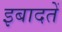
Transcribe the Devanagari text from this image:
इबादतें